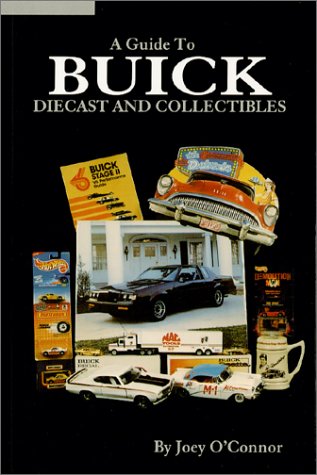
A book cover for A Guide to Buick Diecast and Collectibles; Joey O'Connor; Crafts, Hobbies & Home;